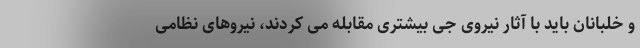
و خلبانان باید با آثار نیروی جی بیشتری مقابله می کردند، نیروهای نظامی